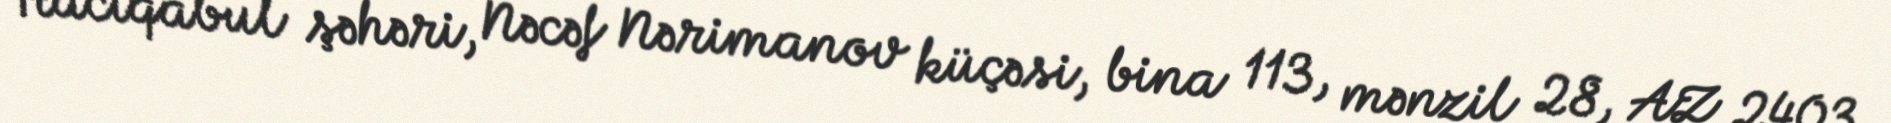
Hacıqabul şəhəri, Nəcəf Nərimanov küçəsi, bina 113, mənzil 28, AZ 2403